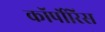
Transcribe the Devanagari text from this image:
कॉर्पोरिस